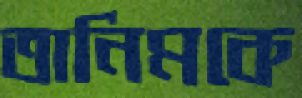
তানিমকে